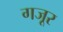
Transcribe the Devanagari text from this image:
गजूर